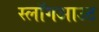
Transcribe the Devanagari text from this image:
स्लॉगआउट